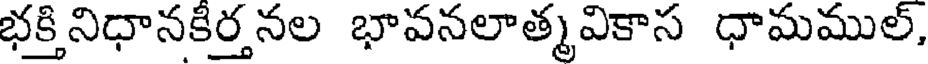
భక్తినిధానకిర్తనల భావనలాత్మవికాస ధామముల్,